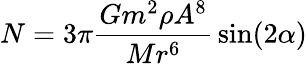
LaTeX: N=3\pi{\frac{Gm^{2}\rho A^{8}}{Mr^{6}}}\sin(2\alpha)